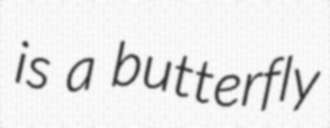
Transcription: is a butterfly